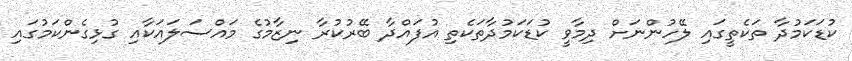
ކުޑަކަމުދާ ތަކެތީގައި ލޭހުންނަށް ދިމާވީ ކުޑަކަމުދާތަކެތި އުފައްދާ ބޭރުކުރާ ނިޒާމުގެ މައްސަލައަކާއި ގުޅިގެންކަމުގައި